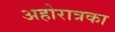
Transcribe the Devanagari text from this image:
अहोरात्रका